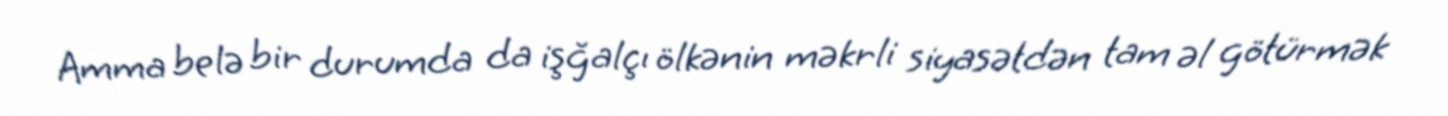
Amma belə bir durumda da işğalçı ölkənin məkrli siyasətdən tam əl götürmək